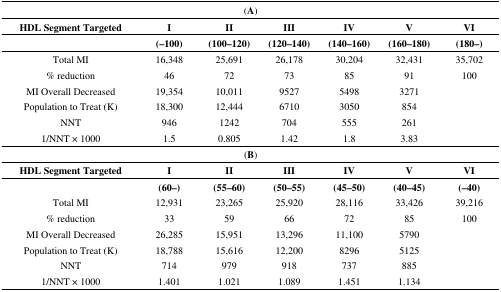
| <COLSPAN=7> (A) |
 | HDL Segment Targeted | I | II | III | IV | V | VI |
 |  | (–100) | (100–120) | (120–140) | (140–160) | (160–180) | (180–) |
 | --- | --- | --- | --- | --- | --- | --- |
 | Total MI | 16,348 | 25,691 | 26,178 | 30,204 | 32,431 | 35,702 |
 | % reduction | 46 | 72 | 73 | 85 | 91 | 100 |
 | MI Overall Decreased | 19,354 | 10,011 | 9527 | 5498 | 3271 |  |
 | Population to Treat (K) | 18,300 | 12,444 | 6710 | 3050 | 854 |  |
 | NNT | 946 | 1242 | 704 | 555 | 261 |  |
 | 1/NNT × 1000 | 1.5 | 0.805 | 1.42 | 1.8 | 3.83 |  |
 | <COLSPAN=7> (B) |
 | HDL Segment Targeted | I | II | III | IV | V | VI |
 |  | (60–) | (55–60) | (50–55) | (45–50) | (40–45) | (–40) |
 | Total MI | 12,931 | 23,265 | 25,920 | 28,116 | 33,426 | 39,216 |
 | % reduction | 33 | 59 | 66 | 72 | 85 | 100 |
 | MI Overall Decreased | 26,285 | 15,951 | 13,296 | 11,100 | 5790 |  |
 | Population to Treat (K) | 18,788 | 15,616 | 12,200 | 8296 | 5125 |  |
 | NNT | 714 | 979 | 918 | 737 | 885 |  |
 | 1/NNT × 1000 | 1.401 | 1.021 | 1.089 | 1.451 | 1.134 |  |